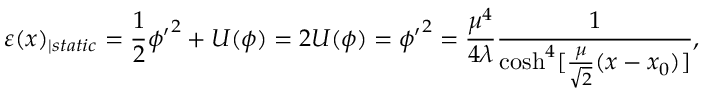
\varepsilon ( x ) _ { \mid s t a t i c } = \frac { 1 } { 2 } \phi { ' } ^ { 2 } + U ( \phi ) = 2 U ( \phi ) = \phi { ' } ^ { 2 } = \frac { \mu ^ { 4 } } { 4 \lambda } \frac { 1 } { \cosh ^ { 4 } [ \frac { \mu } { \sqrt { 2 } } ( x - x _ { 0 } ) ] } ,